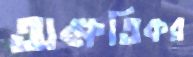
অক্ষতিকর